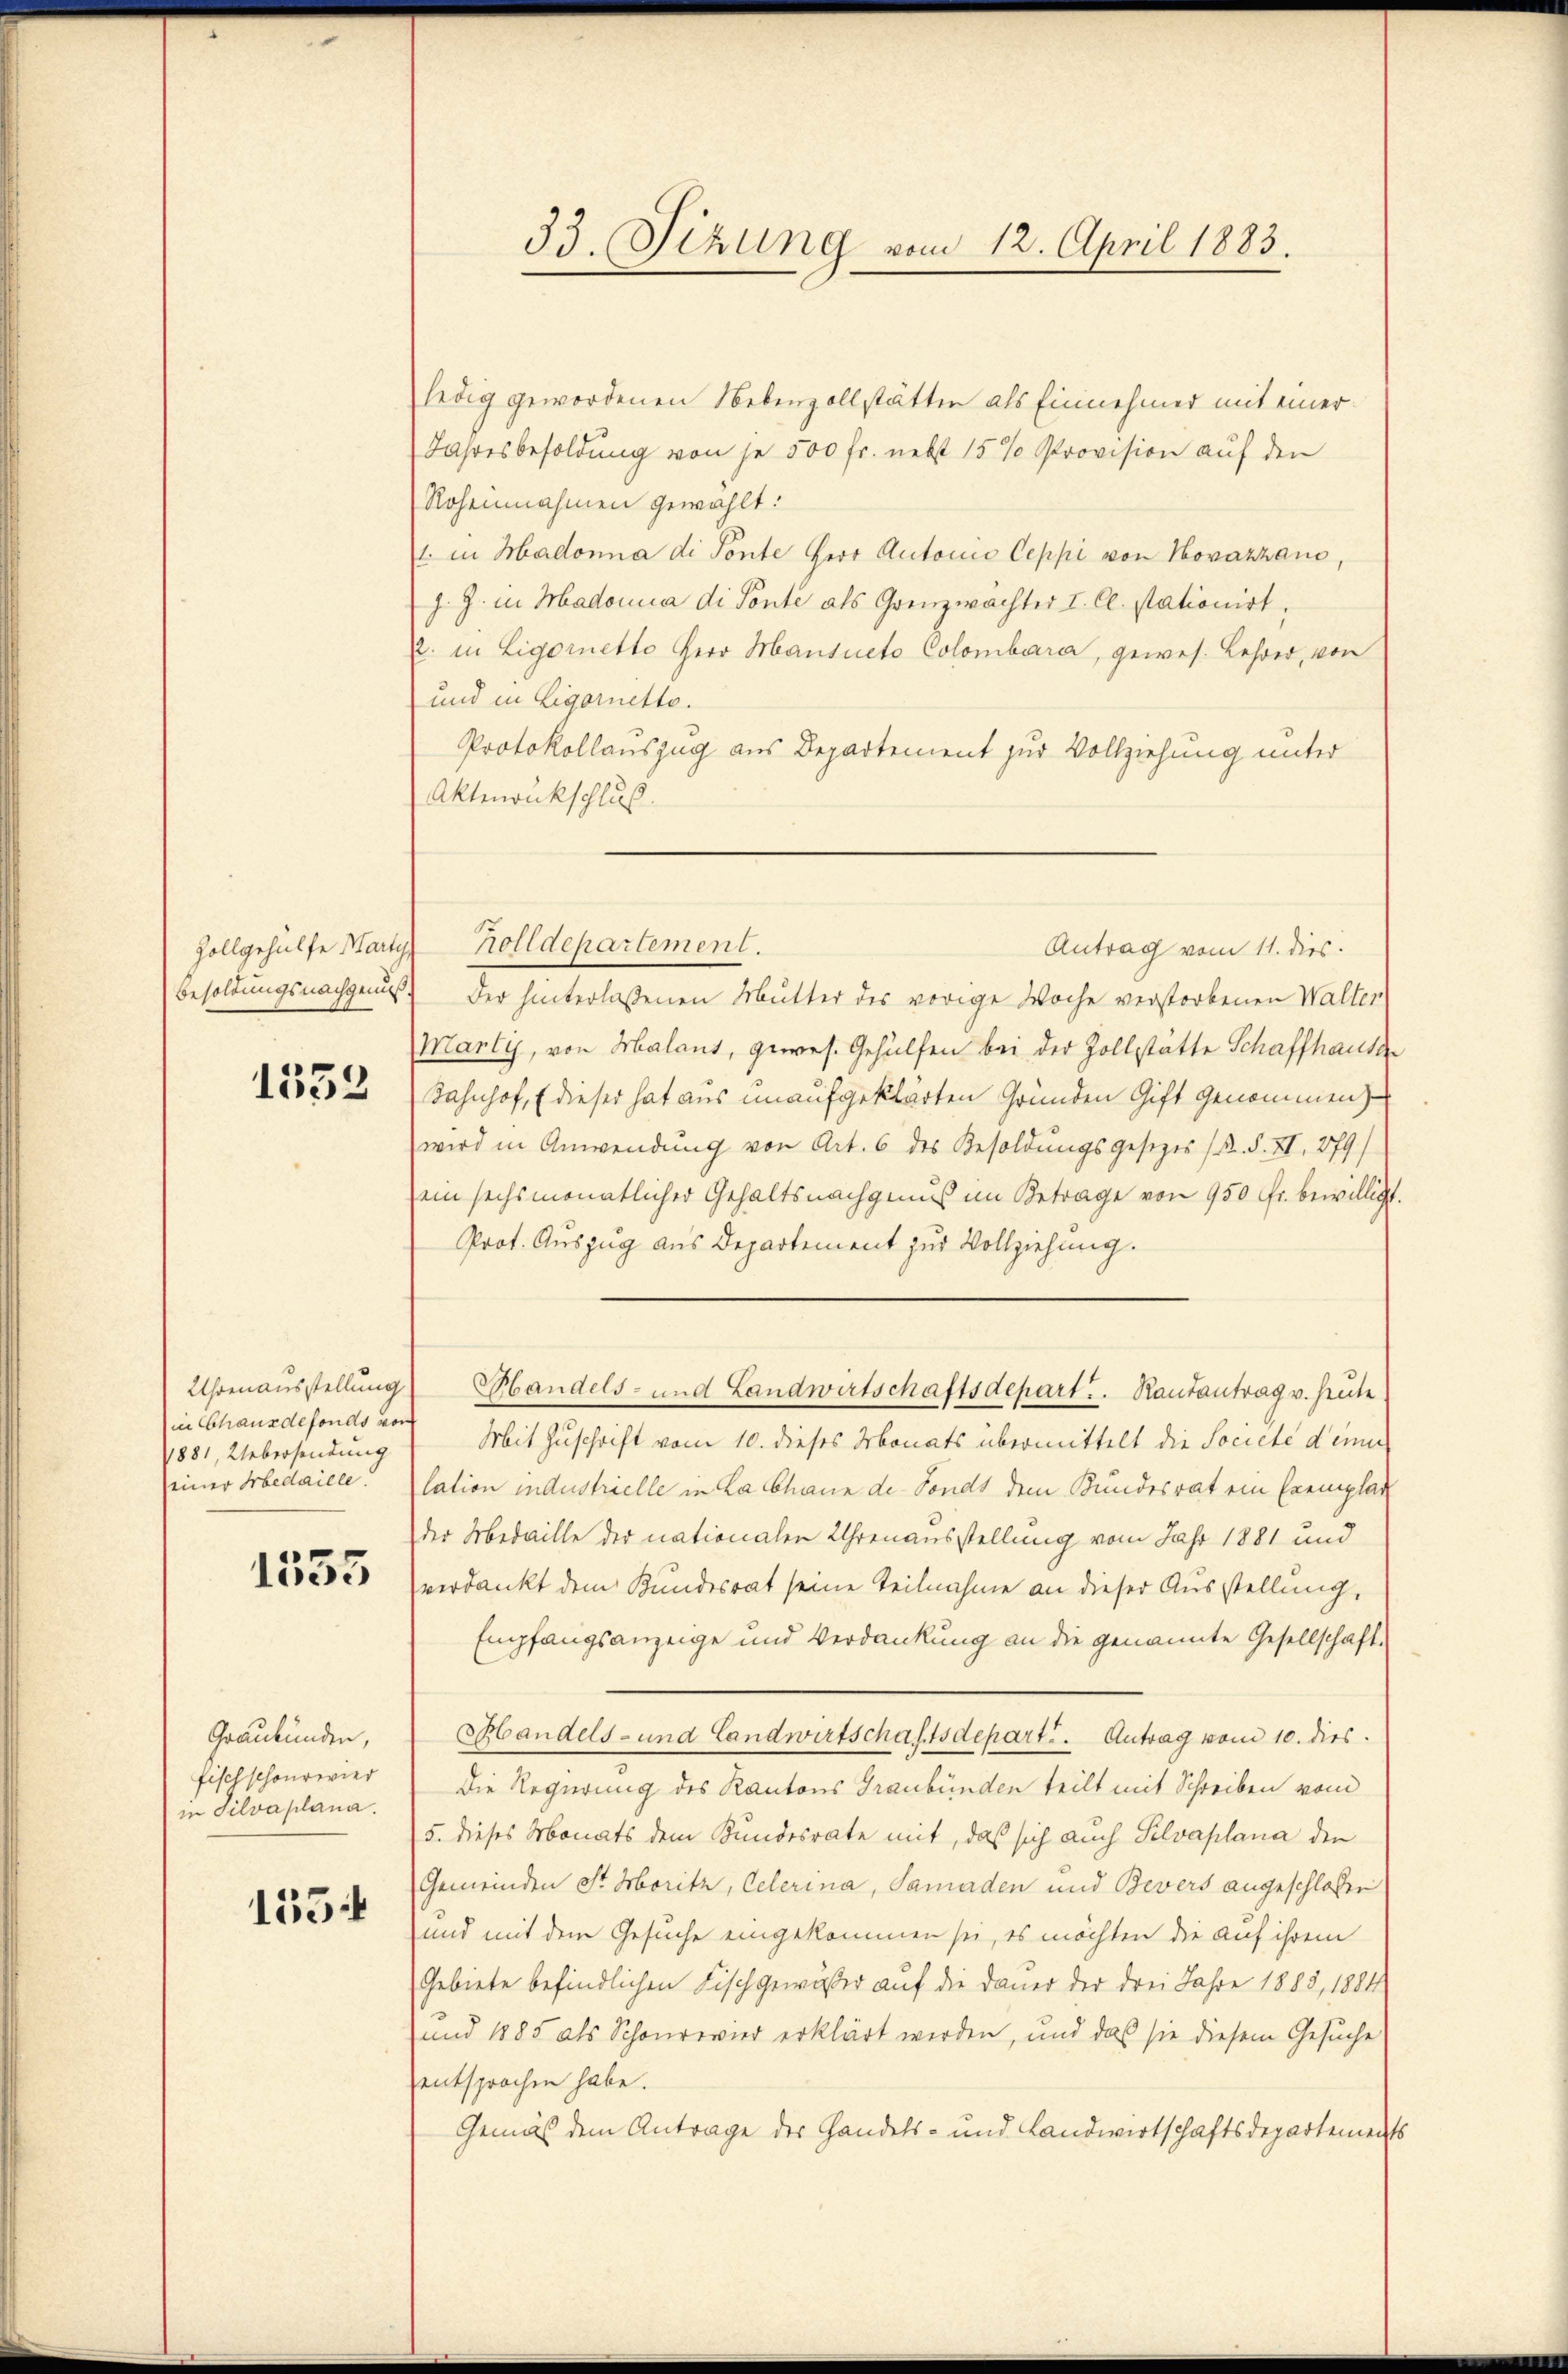
1533

Uhrenausstellung
in Chausdefonds von
1881, Uebersendung
seiner Arbedaille.

1535

Graubünden,
Fisch schourier
in Silvaplana.

1554

ledig gewordenen Nebenzollstätten als Einnehmer mit einer
Jahresbesoldung von je 500 fr. nebst 15 % Provision auf den
Roheinnahmen gewählt:
1. in Hadonna di Ponte Herr Antonio Ceppi von Novazzaus,
z. Z. in Madonia di Ponte als Grenzwächter I. Cl. stationirt,
E. in Ligornetto Herr Mansueto Colombara, gewes. Lehrer, von
und in Eigornetto.
Protokollauszug aus Departement zur Vollziehung unter
Aktenrückschluß.
Besoldungsnachgenuß der hinterlassenen Mutter des vorige Woche verstorbenen Walter
Marli, von Malans, gewes. Gehülfen bei der Zollstätte Schaffhause
Bahnhof, (dieser hat aus unaufgeklärten Gründen Gift genommen)
wird in Anwendung von Art. 6 des Besoldungsgesezes (s. S. XI. 379)
ein sechsmonatlicher Gehaltsnachgenuß im Betrage von 950 Fr. bewilligt.
Prot. Auszug aus Departement zur Vollziehung.
Handels- und Landwirtschaftsdepart. Rautantrag v. heute
Mit Zuschrift vom 10. dieses Monats übermittelt die Societe den
lation industrielle in La Chane de Sondt dem Bundesrat ein Exemplar
der Medaille der nationalen Uhrenausstellung vom Jahr 1881 und
verdankt dem Bundesrat seine Teilnahme an dieser Ausstellung,
Empfangsanzeige und Verdankung an die genannte Gesellschaft
Handels- und Landwirtschaftsdepart. Antrag vom 10. dies
Die Regierung des Kantons Graubünden teilt mit Schreiben vom
5. dieses Monats dem Bundesrate mit, daß sich auch Selvaplana den
Gemeinden St. Moritz, Oelerina, Samaden und Bevers angeschlossen
und mit dem Gesuche eingekommen sei, es möchten die auf ihrem
Gebiete befindlichen Fisch gewässer auf die Dauer der drei Jahre 1883, 1884
und 1885 als Schönrevier erklärt werden, und daß sie diesem Gesuche
entsprochen habe.
Gemäß dem Antrage der Handels- und Landwirtschaftsdepartements

33. Sizung vom 12. April 1883.

Zollgehülfe Marty Zolldepartement.
Antrag vom 11. dies